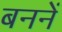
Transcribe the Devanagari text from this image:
बननें